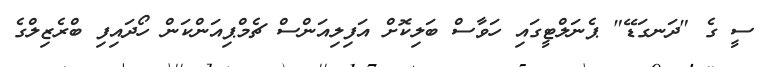
ސީ ގެ "ދަނގަޑޭ" ޕެނަލްޓީގައި ހަވާސް ބަލިކޮށް އަފިލިއަންސް ޗެމްޕިއަންކަން ހޯދައިފި ބްރެޒިލްގެ